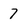
Character: 7